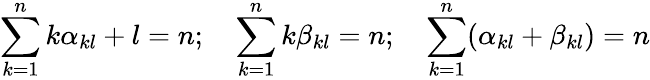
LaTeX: \sum_{k=1}^{n}k\alpha_{kl}+l=n;\quad\sum_{k=1}^{n}k\beta_{kl}=n;\quad\sum_{k=1}^{n}(\alpha_{kl}+\beta_{kl})=n